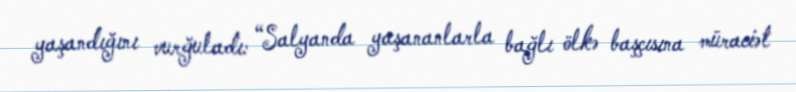
yaşandığını vurğuladı: “Salyanda yaşananlarla bağlı ölkə başçısına müraciət